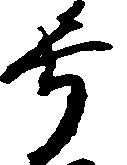
号